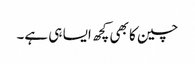
چین کا بھی کچھ ایسا ہی ہے۔